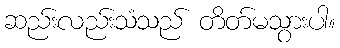
ဆည်းလည်းသံသည် တိတ်မသွားပါ။